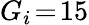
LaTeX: G_{i}\! =\! 15